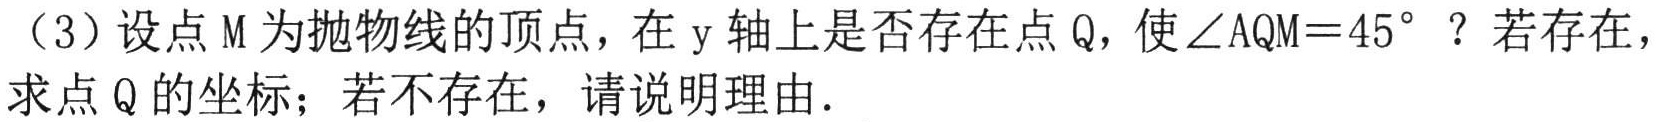
（3）设点\(M\)为抛物线的顶点，在\(y\)轴上是否存在点\(Q\)，使\(\angle AQM = 45^{\circ}\) ？若存在，求点\(Q\)的坐标；若不存在，请说明理由．